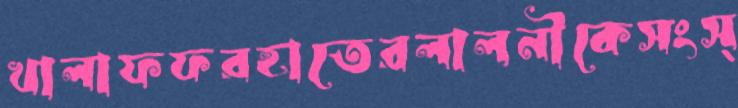
খালাফফরহাতেরলালনীকেসংস্